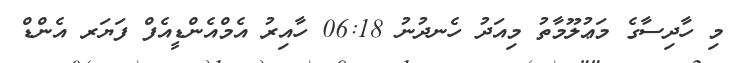
މި ހާދިސާގެ މަޢުލޫމާތު މިއަދު ހެނދުނު 06:18 ހާއިރު އެމްއެންޑީއެފް ފަޔަރ އެންޑް